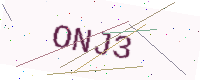
Text: ONJ3